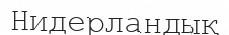
Нидерландық